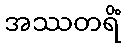
အဿတရိံ